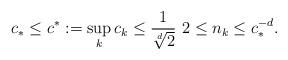
LaTeX: \begin{align*}c_{\ast}\leq c^{\ast}:=\sup_{k}c_{k}\leq\frac{1}{\sqrt[d]{2}}\ 2\leq n_{k}\leq c_{\ast}^{-d}. \end{align*}